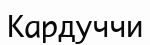
Кардуччи